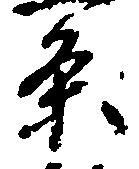
条